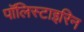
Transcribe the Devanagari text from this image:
पॉलिस्टाइरिन